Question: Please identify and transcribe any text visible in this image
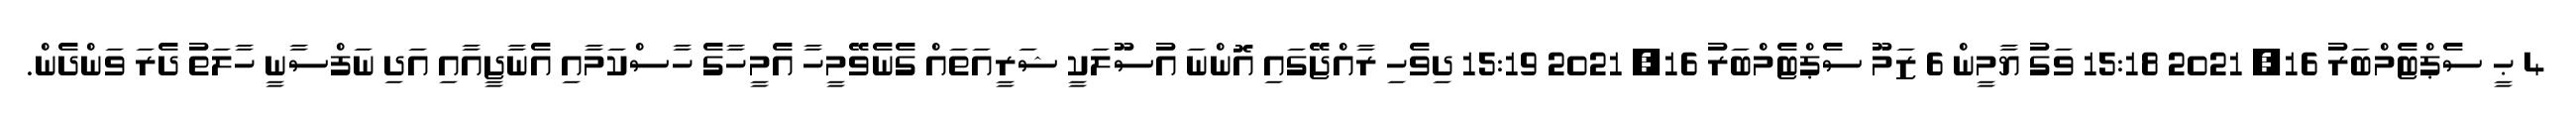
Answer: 4 ޙީ ސެޕްޓެމްބަރު 16, 2021 15:18 ވަގު ޔާމީން 6 ޒަމޫ ސެޕްޓެމްބަރު 16, 2021 15:19 ދިވެހި ރާއްޖޭގައި އޮންނަ އުސޫލަކީ ޝަރީއަތައް ގެނެވޭމީހާ އެމީހާގެ ހާސްކަމާއި އެނާޖީއާއި އަދި ނަފްސާނީ ހާލަތު ދެރަ ވަންދެން.